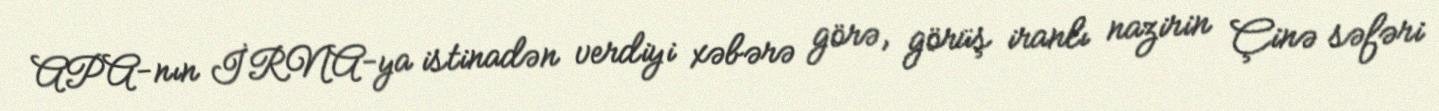
APA-nın İRNA-ya istinadən verdiyi xəbərə görə, görüş iranlı nazirin Çinə səfəri